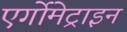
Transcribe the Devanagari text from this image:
एर्गोमेट्राइन